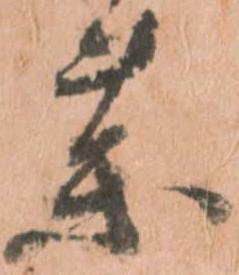
薬